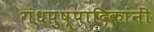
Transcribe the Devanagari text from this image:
गंधपुष्पादिकांनीं